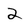
Character: 2